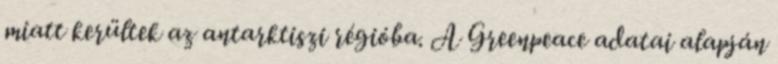
miatt kerültek az antarktiszi régióba. A Greenpeace adatai alapján